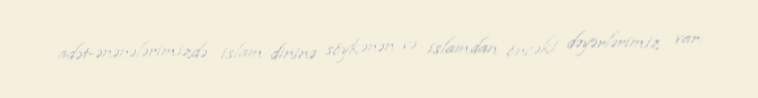
adət-ənənələrimizdə islam dininə söykənən və islamdan öncəki dəyərlərimiz var: